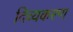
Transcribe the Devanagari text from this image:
दिव्यकरण